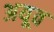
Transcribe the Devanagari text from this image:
अयूव